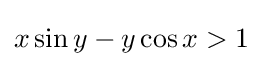
x\sin y-y\cos x>1